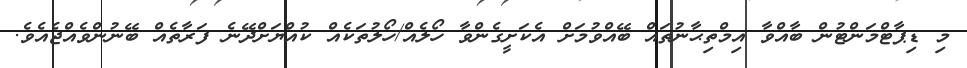
މި ޑިޕާޓްމަންޓުން ބާއްވާ އިމްތިޙާނުތައް ބޭއްވުމަށް އެކަށީގެންވާ ހޯލެއް/ހޯލުތަކެއް ކުއްޔަށްދޭނެ ފަރާތެއް ބޭނުންވެއްޖެއެވެ.